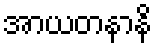
အာယတနာနိ